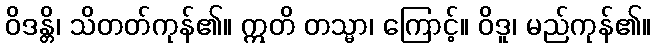
ဝိဒန္တိ၊ သိတတ်ကုန်၏။ ဣတိ တသ္မာ၊ ကြောင့်။ ဝိဒူ၊ မည်ကုန်၏။